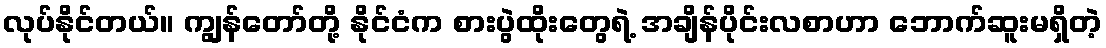
လုပ်နိုင်တယ်။ ကျွန်တော်တို့ နိုင်ငံက စားပွဲထိုးတွေရဲ့ အချိန်ပိုင်းလစာဟာ ဘောက်ဆူးမရှိတဲ့